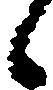
候